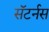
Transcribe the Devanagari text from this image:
सॅटर्नस